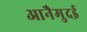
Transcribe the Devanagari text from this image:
आनैमुदई